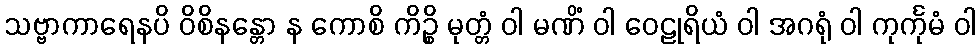
သဗ္ဗာကာရေနပိ ဝိစိနန္တော န ကောစိ ကိဉ္စိ မုတ္တံ ဝါ မဏိံ ဝါ ဝေဠုရိယံ ဝါ အဂရုံ ဝါ ကုင်္ကုမံ ဝါ